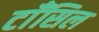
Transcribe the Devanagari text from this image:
टाँसिल